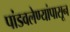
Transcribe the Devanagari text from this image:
पांडवलेण्यांपासून